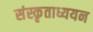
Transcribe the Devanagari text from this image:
संस्कृताध्ययन